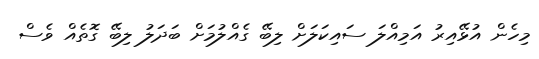
މިހެން އުޅޭއިރު އަމިއްލަ ސައިކަލަށް ލިބޭ ގެއްލުމަށް ބަދަލު ލިބޭ ގޮތެއް ވެސް